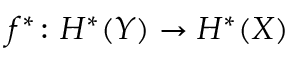
f ^ { * } \colon H ^ { * } ( Y ) \to H ^ { * } ( X )